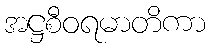
အဋ္ဌစီဝရမာတိကာ